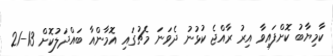
ކާމިޔާބު ކޮށްފައިވާ އިރު ރާއްޖެ ކުޅުނު ދެވަނަ މެޗުގައި އޮމާންއާ ބައްދަލުކޮށް 13-21